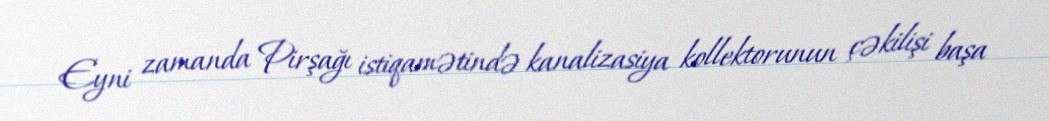
Eyni zamanda Pirşağı istiqamətində kanalizasiya kollektorunun çəkilişi başa